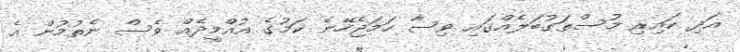
އަދި ކައިރި މުސްތަގުބަލެއްގައި ވިސާ ހަމަޖެހޭނެ ކަމުގެ އުއްމީދެއް ވެސް ނެތުމުން އެ